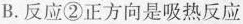
B.反应②正方向是吸热反应